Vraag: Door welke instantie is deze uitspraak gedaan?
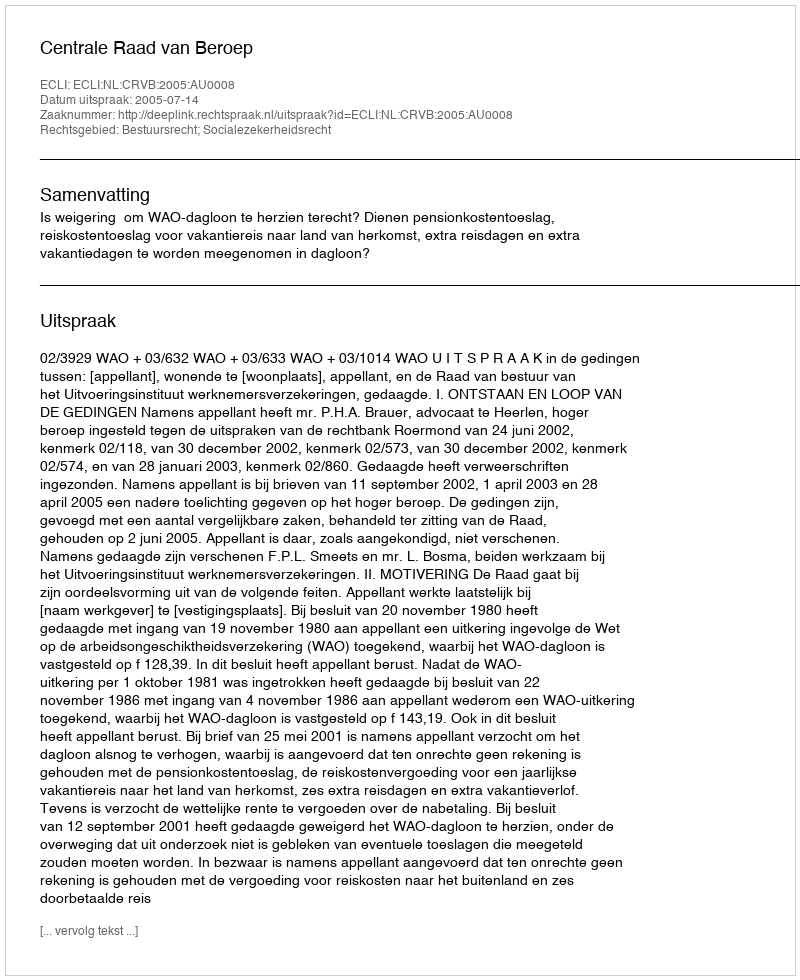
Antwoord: Centrale Raad van Beroep